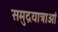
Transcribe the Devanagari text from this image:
समुद्रयात्राओं